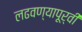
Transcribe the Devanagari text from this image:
लढवण्यापूर्वी